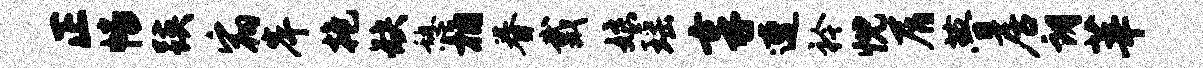
正幡蹊宿岸抱缺憩桷眷戴娘瑶享遭衿忱屑瞢居朗莘